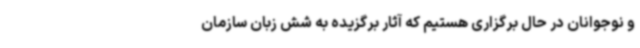
و نوجوانان در حال برگزاری هستیم که آثار برگزیده به شش زبان سازمان